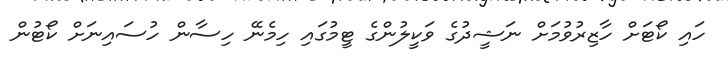
ހައި ކޯޓަށް ހާޒިރުވުމަށް ނަޝީދުގެ ވަކީލުންގެ ޓީމުގައި ހިމެނޭ ހިސާން ހުސައިނަށް ކޯޓުން